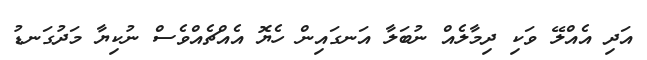
އަދި އެއްލޭ ވަކި ދިމާލެއް ނުބަލާ އަނގައިން ހެޔޮ އެއްޗެއްވެސް ނުކިޔާ މަދުގަނޑު